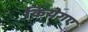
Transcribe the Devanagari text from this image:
कियेगए